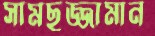
সামছুজ্জামান